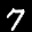
Label: 7